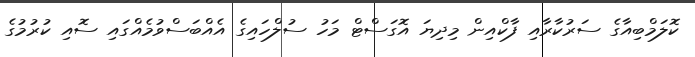
ކޮލަމްބިއާގެ ސަރުކާރާއި ފާކްއިން މިދިޔަ އޮގަސްޓް މަހު ސުލްހައިގެ އެއްބަސްވުމެއްގައި ސޮއި ކުރުމުގެ